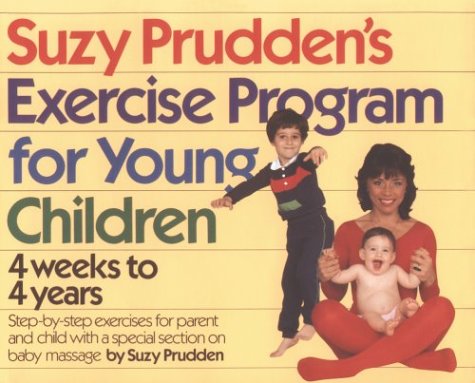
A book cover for Suzy Prudden's Exercise Program for Young Children: Four Weeks to Four Years; Suzy Prudden; Health, Fitness & Dieting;